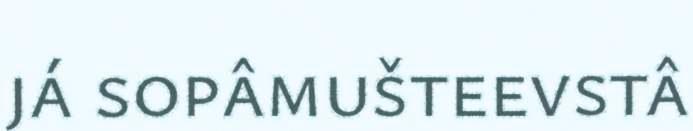
já sopâmušteevstâ